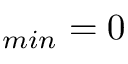
\l _ { m i n } = 0